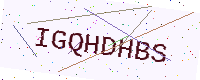
Text: IGQHDHBS